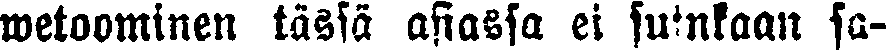
wetoominen tässä asiassa ei suinkaan sa-